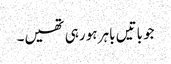
جو باتیں باہر ہو رہی تھیں۔